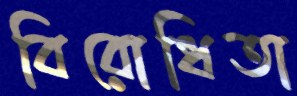
বিরোধিতা